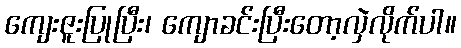
ကျေးဇူးပြုပြီး၊ ကျောခင်းပြီးတော့လှဲလိုက်ပါ။